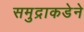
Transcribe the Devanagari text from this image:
समुद्राकडेने